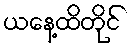
ယနေ့ထိတိုင်